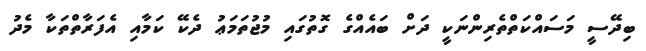
ބިދޭސީ މަސައްކަތްތެރިންނަކީ ދަށް ބައެއްގެ ގޮތުގައި މުޖުތަމަޢު ދެކޭ ކަމާއި އެފަރާތްތަކާ މެދު